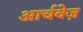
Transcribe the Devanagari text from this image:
आर्चवेज़